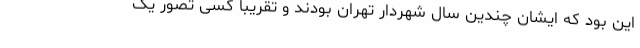
این بود که ایشان چندین سال شهردار تهران بودند و تقریباً کسی تصور یک